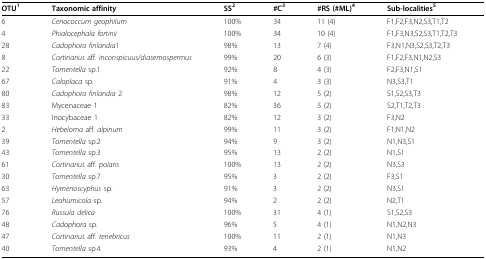
<table><thead><tr><td><b>OTU<sup>1</sup></b></td><td><b>Taxonomic affinity</b></td><td><b>SS<sup>2</sup></b></td><td><b>#C<sup>3</sup></b></td><td><b>#RS (#ML)<sup>4</sup></b></td><td><b>Sub-localities<sup>5</sup></b></td></tr></thead><tbody><tr><td>6</td><td><i>Cenococcum geophilum</i></td><td>100%</td><td>34</td><td>11 (4)</td><td>F1,F2,F3,N2,S3,T1,T2</td></tr><tr><td>4</td><td><i>Phialocephala fortinii</i></td><td>100%</td><td>34</td><td>10 (4)</td><td>F1,F3,N3,S2,S3,T1,T2,T3</td></tr><tr><td>28</td><td><i>Cadophora finlandia</i>1</td><td>98%</td><td>13</td><td>7 (4)</td><td>F3,N1,N3,S2,S3,T2,T3</td></tr><tr><td>8</td><td><i>Cortinarius </i>aff. <i>inconspicuus/diasemospermus</i></td><td>99%</td><td>20</td><td>6 (3)</td><td>F1,F2,F3,N1,N2,S3</td></tr><tr><td>22</td><td><i>Tomentella </i>sp.1</td><td>92%</td><td>8</td><td>4 (3)</td><td>F2,F3,N1,S1</td></tr><tr><td>67</td><td><i>Caloplaca </i>sp.</td><td>91%</td><td>4</td><td>3 (3)</td><td>N3,S3,T1</td></tr><tr><td>80</td><td><i>Cadophora finlandia </i>2</td><td>98%</td><td>12</td><td>5 (2)</td><td>S1,S2,S3,T3</td></tr><tr><td>83</td><td>Mycenaceae 1</td><td>82%</td><td>36</td><td>5 (2)</td><td>S2,T1,T2,T3</td></tr><tr><td>33</td><td>Inocybaceae 1</td><td>82%</td><td>12</td><td>3 (2)</td><td>F3,N2</td></tr><tr><td>2</td><td><i>Hebeloma </i>aff. <i>alpinum</i></td><td>99%</td><td>11</td><td>3 (2)</td><td>F1,N1,N2</td></tr><tr><td>39</td><td><i>Tomentella </i>sp.2</td><td>94%</td><td>9</td><td>3 (2)</td><td>N1,N3,S1</td></tr><tr><td>43</td><td><i>Tomentella </i>sp.3</td><td>95%</td><td>13</td><td>2 (2)</td><td>N1,S1</td></tr><tr><td>61</td><td><i>Cortinarius </i>aff. <i>polaris</i></td><td>100%</td><td>13</td><td>2 (2)</td><td>N3,S3</td></tr><tr><td>30</td><td><i>Tomentella </i>sp.7</td><td>95%</td><td>3</td><td>2 (2)</td><td>F3,S1</td></tr><tr><td>63</td><td><i>Hymenoscyphus </i>sp.</td><td>91%</td><td>3</td><td>2 (2)</td><td>N3,S1</td></tr><tr><td>57</td><td><i>Leohumicola </i>sp.</td><td>94%</td><td>2</td><td>2 (2)</td><td>N2,T1</td></tr><tr><td>76</td><td><i>Russula delica</i></td><td>100%</td><td>31</td><td>4 (1)</td><td>S1,S2,S3</td></tr><tr><td>48</td><td><i>Cadophora </i>sp.</td><td>96%</td><td>5</td><td>4 (1)</td><td>N1,N2,N3</td></tr><tr><td>47</td><td><i>Cortinarius </i>aff. <i>tenebricus</i></td><td>100%</td><td>11</td><td>2 (1)</td><td>N1,N3</td></tr><tr><td>40</td><td><i>Tomentella </i>sp.4</td><td>93%</td><td>4</td><td>2 (1)</td><td>N1,N2</td></tr></tbody></table>